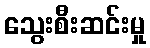
သွေးစီးဆင်းမှု